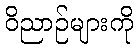
ဝိညာဉ်များကို